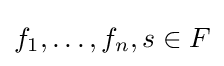
f_{1},\ldots ,f_{n},s\in F